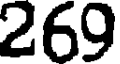
269